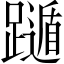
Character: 𨆛